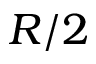
R / 2